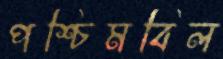
পশ্চিমবিল